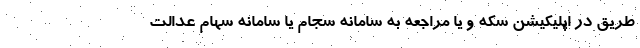
طریق در اپلیکیشن سکه و یا مراجعه به سامانه سجام یا سامانه سهام عدالت